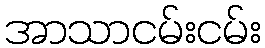
အာသာငမ်းငမ်း